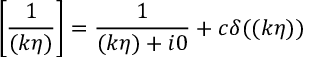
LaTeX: \left[ \frac { 1 } { ( k \eta ) } \right] = \frac { 1 } { ( k \eta ) + i 0 } + c \delta ( ( k \eta ) )